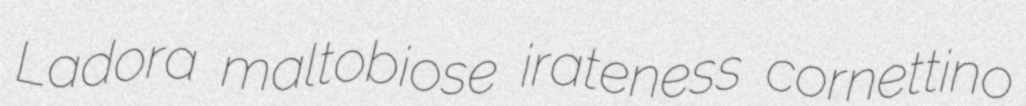
Ladora maltobiose irateness cornettino